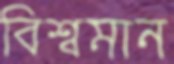
বিশ্বমান